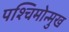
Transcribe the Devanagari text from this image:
पश्चिमोन्मुख